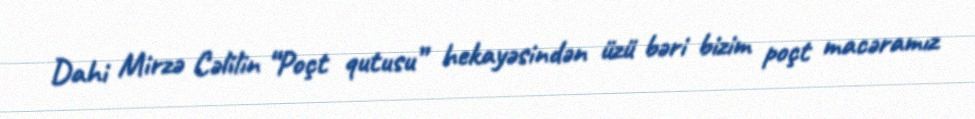
Dahi Mirzə Cəlilin “Poçt qutusu” hekayəsindən üzü bəri bizim poçt macəramız